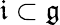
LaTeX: {\mathfrak{i}}\subset{\mathfrak{g}}